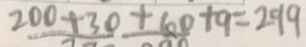
2 0 0 + 3 0 + 6 0 + 9 = 2 9 9